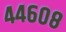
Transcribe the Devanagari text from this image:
४४६०८